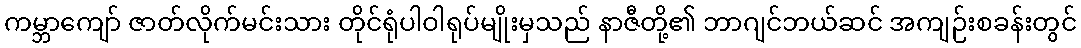
ကမ္ဘာကျော် ဇာတ်လိုက်မင်းသား တိုင်ရုံပါဝါရုပ်မျိုးမှသည် နာဇီတို့၏ ဘာဂျင်ဘယ်ဆင် အကျဉ်းစခန်းတွင်